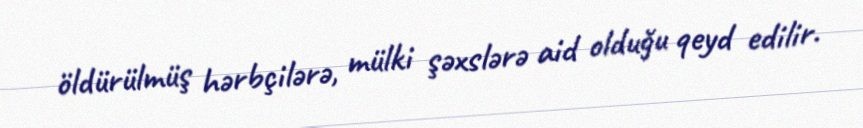
öldürülmüş hərbçilərə, mülki şəxslərə aid olduğu qeyd edilir.